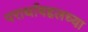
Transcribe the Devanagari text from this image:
परार्थाबद्दलच्या